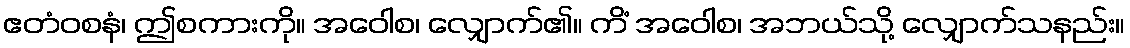
ဧတံဝစနံ၊ ဤစကားကို။ အဝေါစ၊ လျှောက်၏။ ကိံ အဝေါစ၊ အဘယ်သို့ လျှောက်သနည်း။